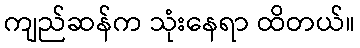
ကျည်ဆန်က သုံးနေရာ ထိတယ်။